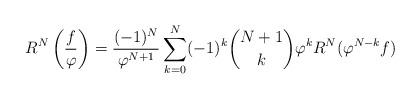
LaTeX: \begin{align*}R^N\left(\frac f\varphi\right)=\frac{(-1)^{N}}{\varphi^{N+1}}\sum_{k=0}^N(-1)^k\binom{N+1}{k}\varphi^kR^N(\varphi^{N-k}f)\end{align*}